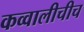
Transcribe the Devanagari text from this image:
कव्वालीचीच